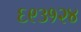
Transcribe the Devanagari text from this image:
६९३१२४